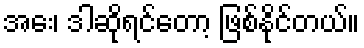
အေး၊ ဒါဆိုရင်တော့ ဖြစ်နိုင်တယ်။